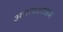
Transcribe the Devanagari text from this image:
अनाथआश्रम